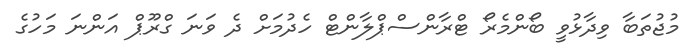
މުޖުތަބާ ވިދާޅުވީ ބޯންމެރޯ ޓްރާންސްޕްލާންޓް ހެދުމަށް ދެ ވަނަ ގްރޫޕް އަންނަ މަހުގެ